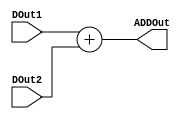
module Adder(
    DOut1, 
    DOut2,
    ADDOut
);

input [7:0] DOut1;
input [7:0] DOut2;
output [7:0] ADDOut;

wire [7:0] DOut1;
wire [7:0] DOut2;
reg [7:0] ADDOut;

always @(*)
    ADDOut <= DOut1 + DOut2;

endmodule